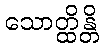
သောတ္ထိန္တိ